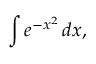
\int e ^ { - x ^ { 2 } } \, d x ,